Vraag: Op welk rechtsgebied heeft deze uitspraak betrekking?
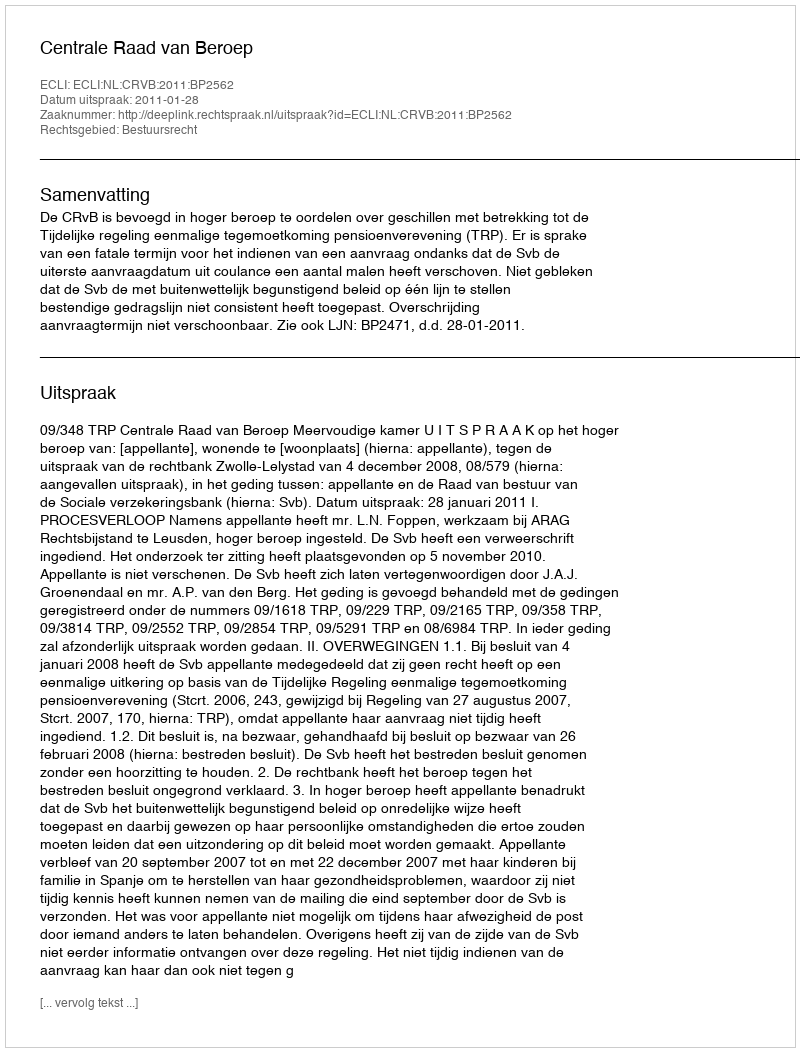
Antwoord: Bestuursrecht